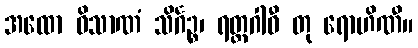
အထော ဝိသာဏံ သိင်္ဂဉ္စ၊ ရတ္တဂါဝီ တု ရောဟိဏီ။